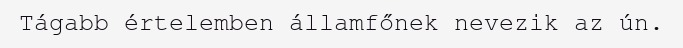
Tágabb értelemben államfőnek nevezik az ún.